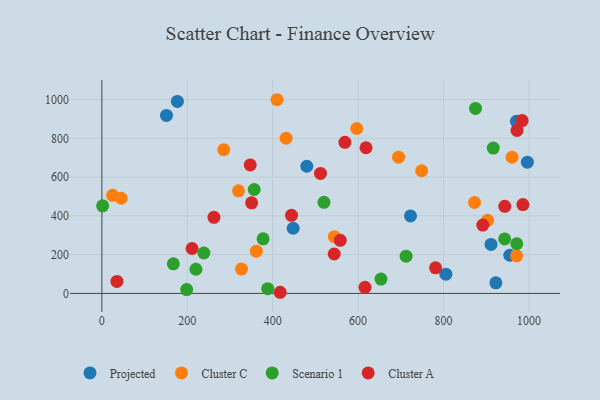
{"axis": {"x": "Price", "y": "Profit"}, "legend": ["Cluster A", "Cluster C", "Projected", "Scenario 1"], "data": [{"x": "955.1", "y": 196.9, "type": "Projected"}, {"x": "922.5", "y": 54.4, "type": "Projected"}, {"x": "722.6", "y": 399.8, "type": "Projected"}, {"x": "970.6", "y": 887.8, "type": "Projected"}, {"x": "805.5", "y": 99.3, "type": "Projected"}, {"x": "996.3", "y": 677.2, "type": "Projected"}, {"x": "176.9", "y": 990.1, "type": "Projected"}, {"x": "911.2", "y": 252.6, "type": "Projected"}, {"x": "447.9", "y": 336.1, "type": "Projected"}, {"x": "151.3", "y": 918.3, "type": "Projected"}, {"x": "479.9", "y": 656.0, "type": "Projected"}, {"x": "25.1", "y": 506.2, "type": "Cluster C"}, {"x": "960.4", "y": 702.4, "type": "Cluster C"}, {"x": "431.4", "y": 800.7, "type": "Cluster C"}, {"x": "45.4", "y": 490.9, "type": "Cluster C"}, {"x": "971.0", "y": 193.7, "type": "Cluster C"}, {"x": "361.7", "y": 217.7, "type": "Cluster C"}, {"x": "410.2", "y": 999.1, "type": "Cluster C"}, {"x": "748.8", "y": 632.7, "type": "Cluster C"}, {"x": "596.9", "y": 850.8, "type": "Cluster C"}, {"x": "285.4", "y": 741.6, "type": "Cluster C"}, {"x": "319.9", "y": 529.0, "type": "Cluster C"}, {"x": "694.7", "y": 702.8, "type": "Cluster C"}, {"x": "872.6", "y": 469.1, "type": "Cluster C"}, {"x": "544.4", "y": 292.5, "type": "Cluster C"}, {"x": "327.0", "y": 125.4, "type": "Cluster C"}, {"x": "903.2", "y": 377.2, "type": "Cluster C"}, {"x": "238.8", "y": 208.6, "type": "Scenario 1"}, {"x": "653.5", "y": 74.1, "type": "Scenario 1"}, {"x": "943.1", "y": 281.2, "type": "Scenario 1"}, {"x": "356.7", "y": 536.1, "type": "Scenario 1"}, {"x": "388.4", "y": 24.5, "type": "Scenario 1"}, {"x": "916.4", "y": 749.7, "type": "Scenario 1"}, {"x": "198.6", "y": 19.9, "type": "Scenario 1"}, {"x": "1.8", "y": 451.8, "type": "Scenario 1"}, {"x": "874.9", "y": 954.0, "type": "Scenario 1"}, {"x": "520.1", "y": 469.7, "type": "Scenario 1"}, {"x": "971.5", "y": 256.3, "type": "Scenario 1"}, {"x": "712.4", "y": 192.0, "type": "Scenario 1"}, {"x": "377.5", "y": 281.7, "type": "Scenario 1"}, {"x": "167.4", "y": 152.4, "type": "Scenario 1"}, {"x": "220.3", "y": 124.6, "type": "Scenario 1"}, {"x": "544.0", "y": 203.2, "type": "Cluster A"}, {"x": "985.8", "y": 458.3, "type": "Cluster A"}, {"x": "444.1", "y": 403.0, "type": "Cluster A"}, {"x": "943.4", "y": 449.2, "type": "Cluster A"}, {"x": "347.4", "y": 662.7, "type": "Cluster A"}, {"x": "262.5", "y": 392.7, "type": "Cluster A"}, {"x": "35.3", "y": 61.9, "type": "Cluster A"}, {"x": "616.1", "y": 31.4, "type": "Cluster A"}, {"x": "972.0", "y": 840.8, "type": "Cluster A"}, {"x": "984.0", "y": 891.8, "type": "Cluster A"}, {"x": "618.5", "y": 751.4, "type": "Cluster A"}, {"x": "211.2", "y": 231.6, "type": "Cluster A"}, {"x": "781.3", "y": 131.8, "type": "Cluster A"}, {"x": "569.1", "y": 779.4, "type": "Cluster A"}, {"x": "558.2", "y": 274.0, "type": "Cluster A"}, {"x": "511.9", "y": 618.7, "type": "Cluster A"}, {"x": "891.9", "y": 352.3, "type": "Cluster A"}, {"x": "417.5", "y": 5.9, "type": "Cluster A"}, {"x": "350.7", "y": 467.1, "type": "Cluster A"}]}